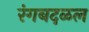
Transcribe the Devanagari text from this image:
रंगबदळल